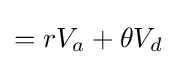
=rV_{a}+\theta V_{d}